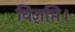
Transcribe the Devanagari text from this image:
विज्ञप्ति।